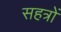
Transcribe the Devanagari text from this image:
सहत्रों